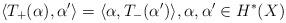
LaTeX: \begin{align*}\langle T_{+}(\alpha), \alpha' \rangle = \langle \alpha, T_{-}(\alpha') \rangle,\alpha, \alpha' \in H^{\ast}(X)\end{align*}